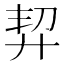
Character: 𢍆